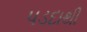
પડદાથી